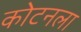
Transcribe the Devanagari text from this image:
कोटनला